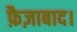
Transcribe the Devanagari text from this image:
फ़ैज़ाबाद।